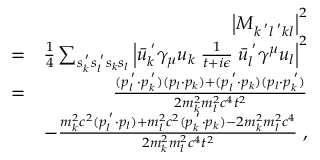
\begin{array} { r l r } & { } & { \left| M _ { k ^ { \; ^ { \prime } } l ^ { \; ^ { \prime } } k l } \right| ^ { 2 } } \\ & { = } & { \frac { 1 } { 4 } \sum _ { s _ { k } ^ { \; ^ { \prime } } s _ { l } ^ { \; ^ { \prime } } s _ { k } s _ { l } } \left| \bar { u } _ { k } ^ { \; ^ { \prime } } \gamma _ { \mu } u _ { k } \; \frac { 1 } { t + i \epsilon } \; \bar { u } _ { l } ^ { \; ^ { \prime } } \gamma ^ { \mu } u _ { l } \right| ^ { 2 } } \\ & { = } & { \frac { ( p _ { l } ^ { \; ^ { \prime } } \cdot p _ { k } ^ { \; ^ { \prime } } ) ( p _ { l } \cdot p _ { k } ) + ( p _ { l } ^ { \; ^ { \prime } } \cdot p _ { k } ) ( p _ { l } \cdot p _ { k } ^ { \; ^ { \prime } } ) } { 2 m _ { k } ^ { 2 } m _ { l } ^ { 2 } c ^ { 4 } t ^ { 2 } } } \\ & { } & { - \frac { m _ { k } ^ { 2 } c ^ { 2 } ( p _ { l } ^ { \; ^ { \prime } } \cdot p _ { l } ) + m _ { l } ^ { 2 } c ^ { 2 } ( p _ { k } ^ { \; ^ { \prime } } \cdot p _ { k } ) - 2 m _ { k } ^ { 2 } m _ { l } ^ { 2 } c ^ { 4 } } { 2 m _ { k } ^ { 2 } m _ { l } ^ { 2 } c ^ { 4 } t ^ { 2 } } \; , } \end{array}